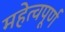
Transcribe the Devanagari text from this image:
महेत्वपूर्ण